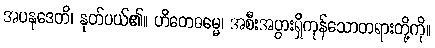
အပနုဒေတိ၊ နုတ်ပယ်၏။ ဟိတေဓမ္မေ၊ အစီးအပွားရှိကုန်သောတရားတို့ကို။